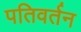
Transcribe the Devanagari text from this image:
पतिवर्तन